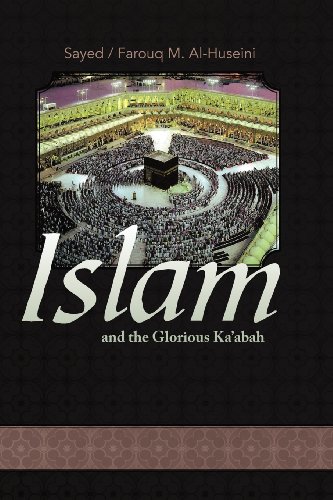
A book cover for Islam and the Glorious Ka'abah; Farouq M. Al-Huseini; Religion & Spirituality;